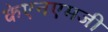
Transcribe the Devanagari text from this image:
केएनएमजी